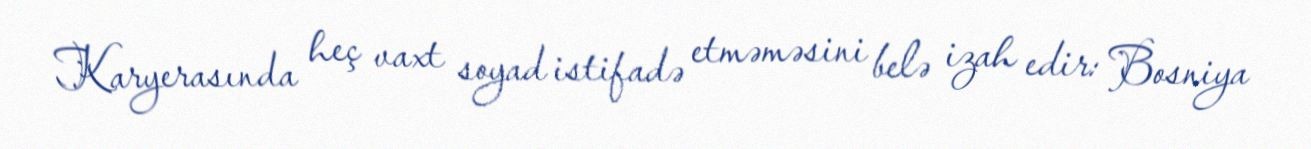
Karyerasında heç vaxt soyad istifadə etməməsini belə izah edir: Bosniya